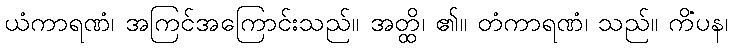
ယံကာရဏံ၊ အကြင်အကြောင်းသည်။ အတ္ထိ၊ ၏။ တံကာရဏံ၊ သည်။ ကိံပန၊